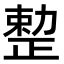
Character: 𠢦